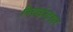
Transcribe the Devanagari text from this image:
विदाईउद्गार